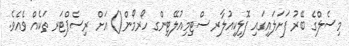
މިސެލްގެ ބޭރު ފަށަލައިގައި ފޮލިކިއުލާރ ސްޓިމިއުލޭޓިންގ ހޯރމޯން() އަށް ރިސެޕްޓަރ ތަކެއް ވެއެވެ.